Indian journal of veterinary science and animal husbandry - Volume 14,
Year: 1944
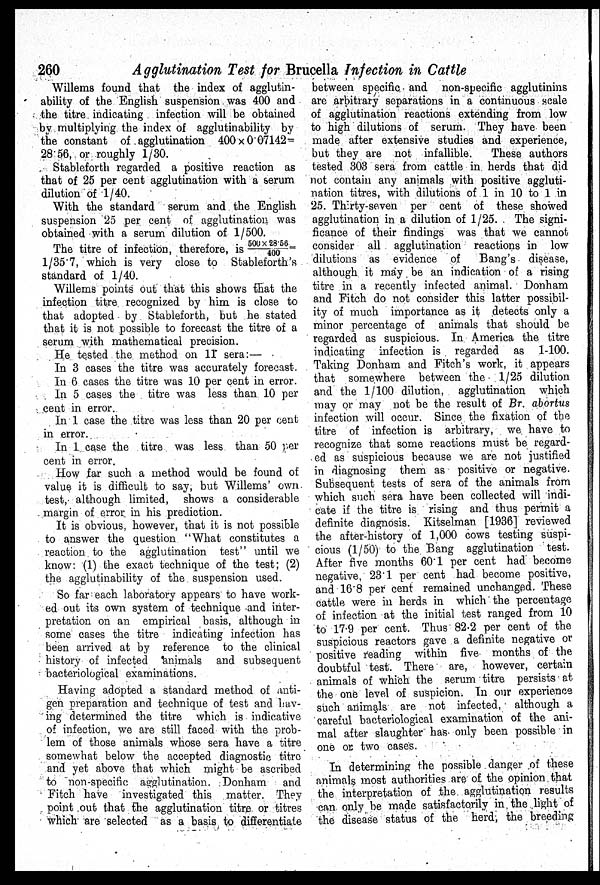
260
Agglutination Test for Brucella Infection in Cattle
Willems found that the index of agglutin-
ability of the English suspension was 400 and
the titre indicating infection will be obtained
by multiplying the index of agglutinability by
the constant of agglutination 400 × 0.07142=
28.56, or roughly 1/30.
Stableforth regarded a positive reaction as
that of 25 per cent agglutination with a serum
dilution of 1/40.
With the standard serum and the English
suspension 25 per cent of agglutination was
obtained with a serum dilution of 1/500.
The titre of infection, therefore, is 500 × 28.56/400 =
1/35.7, which is very close to Stableforth's
standard of 1/40.
Willems points out that this shows that the
infection titre recognized by him is close to
that adopted by Stableforth, but he stated
that it is not possible to forecast the titre of a
serum with mathematical precision.
He tested the method on 11 sera:—
In 3 cases the titre was accurately forecast.
In 6 cases the titre was 10 per cent in error.
In 5 cases the titre was less than 10 per
cent in error.
In 1 case the titre was less than 20 per cent
in error.
In 1 case the titre was less than 50 per
cent in error.
How far such a method would be found of
value it is difficult to say, but Willems' own
test, although limited, shows a considerable
margin of error in his prediction.
It is obvious, however, that it is not possible
to answer the question "What constitutes a
reaction to the agglutination test" until we
know: (1) the exact technique of the test; (2)
the agglutinability of the suspension used.
So far each laboratory appears to have work-
ed out its own system of technique and inter-
pretation on an empirical basis, although in
some cases the titre indicating infection has
been arrived at by reference to the clinical
history of infected animals and subsequent
bacteriological examinations.
Having adopted a standard method of anti-
gen preparation and technique of test and hav-
ing determined the titre which is indicative
of infection, we are still faced with the prob-
lem of those animals whose sera have a titre
somewhat below the accepted diagnostic titre
and yet above that which might be ascribed
to non-specific agglutination. Donham
and
Fitch have investigated this matter. They
point out that the agglutination titre or titres
which are selected as a basis to differentiate
between specific and non-specific agglutinins
are arbitrary separations in a continuous scale
of agglutination reactions extending from low
to high dilutions of serum. They have been
made after extensive studies and experience,
but they are not infallible.
These authors
tested 303 sera from cattle in herds that did
not contain any animals with positive aggluti-
nation titres, with dilutions of 1 in 10 to 1 in
25. Thirty-seven per cent of these showed
agglutination in a dilution of 1/25.
The signi-
ficance of their findings was that we cannot
consider all agglutination reactions in low
dilutions as evidence of
Bang's disease,
although it may be an indication of a rising
titre in a recently infected animal. Donham
and Fitch do not consider this latter possibil-
ity of much importance as it detects only a
minor percentage of animals that should be
regarded as suspicious. In America the titre
indicating infection is regarded as 1-100.
Taking Donham and Fitch's work, it appears
that somewhere between the 1/25 dilution
and the 1/100 dilution, agglutination which
may or may not be the result of Br. abortus
infection will occur. Since the fixation of the
titre of infection is arbitrary, we have to
recognize that some reactions must be regard-
ed as suspicious because we are not justified
in diagnosing them as positive or negative.
Subsequent tests of sera of the animals from
which such sera have been collected will indi-
cate if the titre is rising and thus permit a
definite diagnosis. Kitselman [1936] reviewed
the after-history of 1,000 cows testing suspi-
cious (1/50) to the Bang agglutination test.
After five months 60.1 per cent had become
negative, 23.1 per cent had become positive,
and 16.8 per cent remained unchanged. These
cattle were in herds in which the percentage
of infection at the initial test ranged from 10
to 17.9 per cent. Thus 82.2 per cent of the
suspicious reactors gave a definite negative or
positive reading within five months of the
doubtful test. There are, however, certain
animals of which the serum titre persists at
the one level of suspicion. In our experience
such animals are not infected, although a
careful bacteriological examination of the ani-
mal after slaughter has only been possible in
one or two cases.
In determining the possible danger of these
animals most authorities are of the opinion that
the interpretation of the agglutination results
can only be made satisfactorily in the light of
the disease status of the herd, the breeding